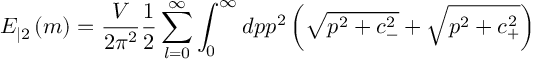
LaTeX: E _ { | 2 } \left( m \right) = \frac V { 2 \pi ^ { 2 } } \frac 1 2 \sum _ { l = 0 } ^ { \infty } \int _ { 0 } ^ { \infty } d p p ^ { 2 } \left( \sqrt { p ^ { 2 } + c _ { - } ^ { 2 } } + \sqrt { p ^ { 2 } + c _ { + } ^ { 2 } } \right)